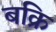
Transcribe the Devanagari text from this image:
बक्रि